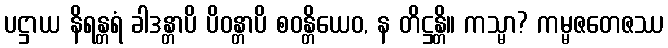
ပဋ္ဌာယ နိရန္တရံ ခါဒန္တာပိ ပိဝန္တာပိ စဝန္တိယေဝ, န တိဋ္ဌန္တိ။ ကသ္မာ? ကမ္မဇတေဇဿ